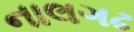
નાલગઢ